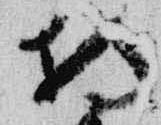
持